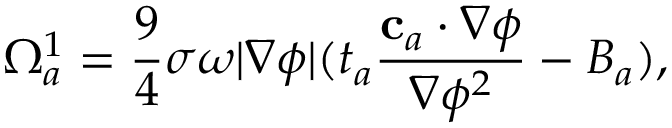
\Omega _ { a } ^ { 1 } = \frac { 9 } { 4 } \sigma \omega | \nabla \phi | ( t _ { a } \frac { \mathbf { c } _ { a } \cdot \nabla \phi } { \nabla \phi ^ { 2 } } - B _ { a } ) ,